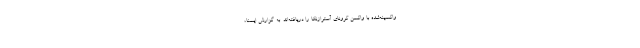
واکسینه‌شده با واکسن کرونای آسترازنکا را دریافته‌اند. به گزارش ایسنا،